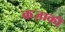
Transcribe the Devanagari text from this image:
कज़ाकी